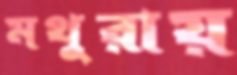
মথুরায়